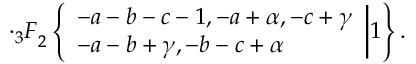
\cdot { _ 3 F } _ { 2 } \left\{ \begin{array} { l } { { - a - b - c - 1 , - a + \alpha , - c + \gamma } } \\ { { - a - b + \gamma , - b - c + \alpha } } \end{array} \biggr | 1 \right\} .